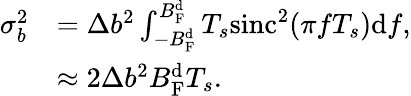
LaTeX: \begin{array}{rl}{\sigma_{b}^{2}}&{=\Delta b^{2}\int_{-B_{\mathrm{F}}^{\mathrm{d}}}^{B_{\mathrm{F}}^{\mathrm{d}}}T_{s}\mathrm{sinc}^{2}(\pi fT_{s})\mathrm{d}f,}\\ &{\approx 2\Delta b^{2}B_{\mathrm{F}}^{\mathrm{d}}T_{s}.}\end{array}